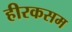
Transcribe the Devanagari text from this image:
हीरकसम